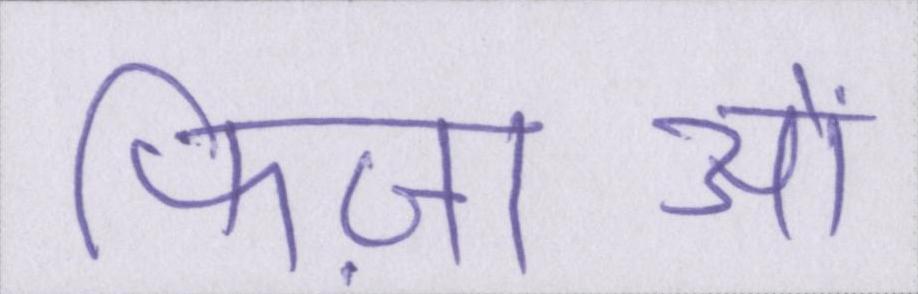
फिज़ाओं